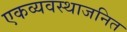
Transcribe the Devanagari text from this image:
एकव्यवस्थाजनित